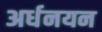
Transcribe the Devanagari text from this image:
अर्धनयन